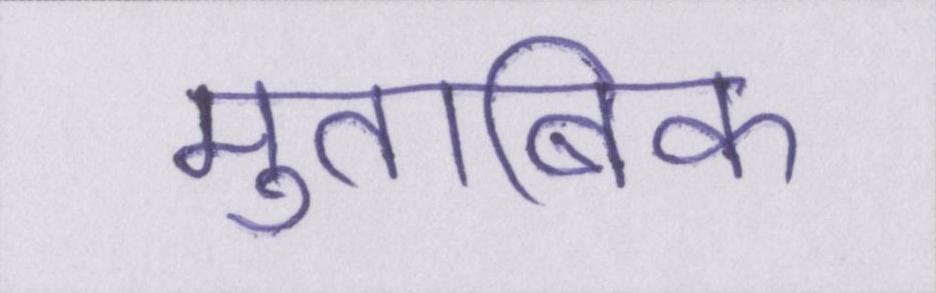
मुताबिक